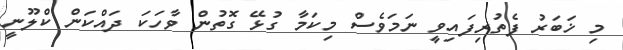
މި ޚަބަރު ފެތުރިފައިވީ ނަމަވެސް މިކަމާ ގުޅޭ ގޮތުން ވާހަކަ ދައްކަން ކްލޫނީ